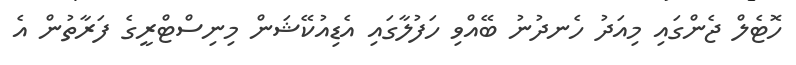
ހޮޓެލް ޖެންގައި މިއަދު ހެނދުނު ބޭއްވި ހަފުލާގައި އެޑިއުކޭޝަން މިނިސްޓްރީގެ ފަރާތުން އެ